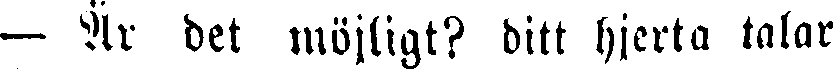
— Är det möjligt? ditt hjerta talar